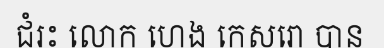
ជំរះ លោក ហេង កេសរោ បាន